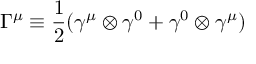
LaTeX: { \Gamma } ^ { \mu } \equiv \frac { 1 } { 2 } ( { \gamma } ^ { \mu } \otimes { \gamma } ^ { 0 } + { \gamma } ^ { 0 } \otimes { \gamma } ^ { \mu } )